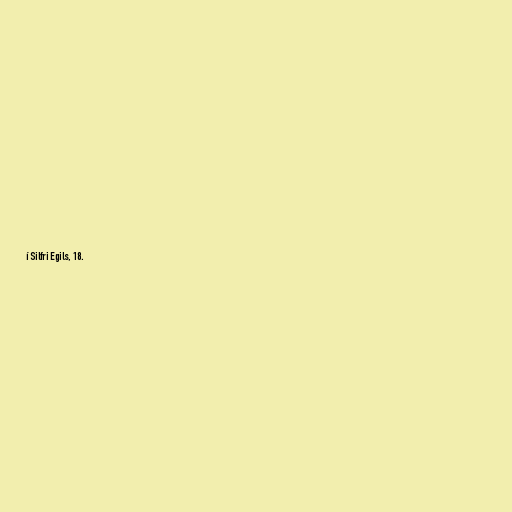
í Silfri Egils, 18.